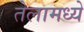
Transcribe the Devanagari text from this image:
तेलामध्ये